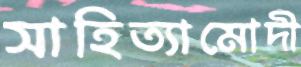
সাহিত্যামোদী